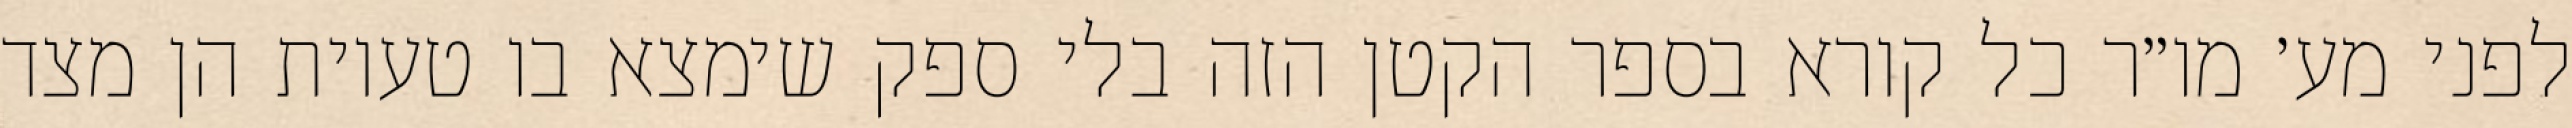
לפני מע׳ מו״ר כל קורא בספר הקטן הזה בלי ספק שימצא בו טעיות הן מצד